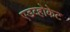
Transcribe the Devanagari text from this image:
एडव्होकेट